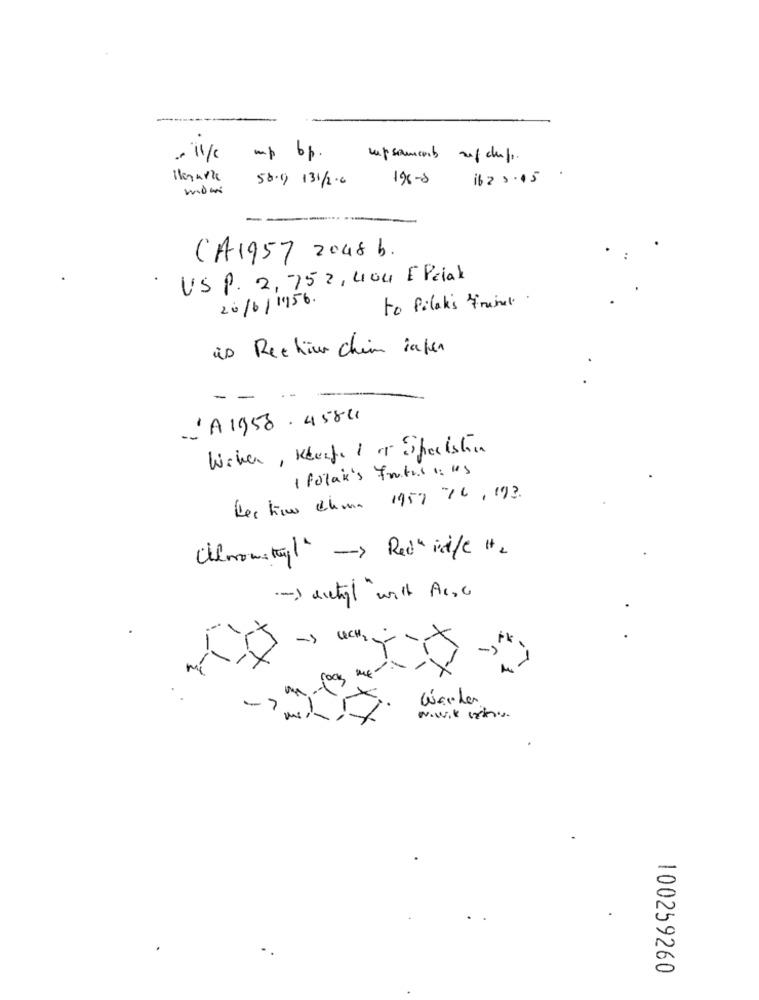
.. 11/c
up bp. upsomcons of chef.
56.1 131/2.6
196-0
1625.15
-
CA1957 2048 b.
USP. 2, 752, 404 EPciak
20/6/1956.
to filak's trinet.
is Rechercheim ingen
JA 1958 . 4584
Wiker , Kkerfe 1 or Spacksten
1 Polak's frutas : us
Hecho Chan 1957 -16 , 193.
Chemomitagl' -> Rad ix/c +2
-SUCH2 .
Warder
-
100259260